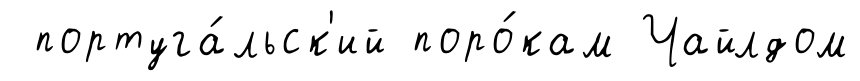
португа́льск'ий поро́кам Чайлдом